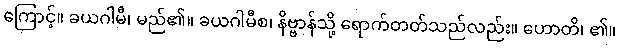
ကြောင့်။ ခယဂါမီ၊ မည်၏။ ခယဂါမီစ၊ နိဗ္ဗာန်သို့ ရောက်တတ်သည်လည်း။ ဟောတိ၊ ၏။